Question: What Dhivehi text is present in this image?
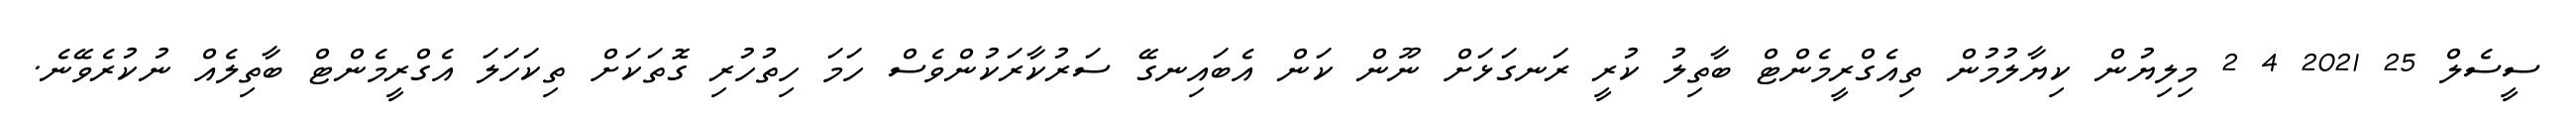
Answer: ސީސެލް 25 2021 4 2 މިލިޔުން ކިޔާލުމުން ތިއެގްރީމެންޓް ބާތިލު ކުރީ ރަނގަޅަށް ނޫން ކަން އެބައިނގޭ ސަރުކާރަކުންވެސް ހަމަ ހިތުހުރި ގޮތަކަށް ތިކަހަލަ އެގްރީމެންޓް ބާތިލެއް ނުކުރެވޭނެ.